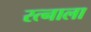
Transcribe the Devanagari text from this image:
रत्‍नाला